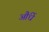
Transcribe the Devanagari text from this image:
औंधें